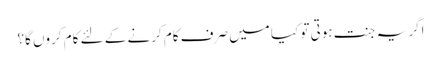
اگر یہ جنت ہوتی تو کیا میں صرف کام کرنے کے لئے کام کروں گا؟